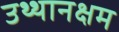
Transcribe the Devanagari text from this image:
उथ्थानक्षम